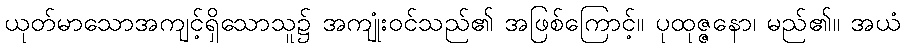
ယုတ်မာသောအကျင့်ရှိသောသူ၌ အကျုံးဝင်သည်၏ အဖြစ်ကြောင့်။ ပုထုဇ္ဇနော၊ မည်၏။ အယံ